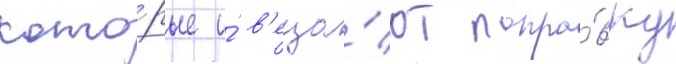
кото́рые и́ в'еща́ют попра́вку